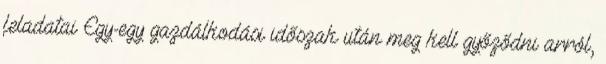
feladatai Egy-egy gazdálkodási időszak után meg kell győződni arról,